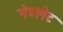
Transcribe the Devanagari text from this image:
नेब्लेट